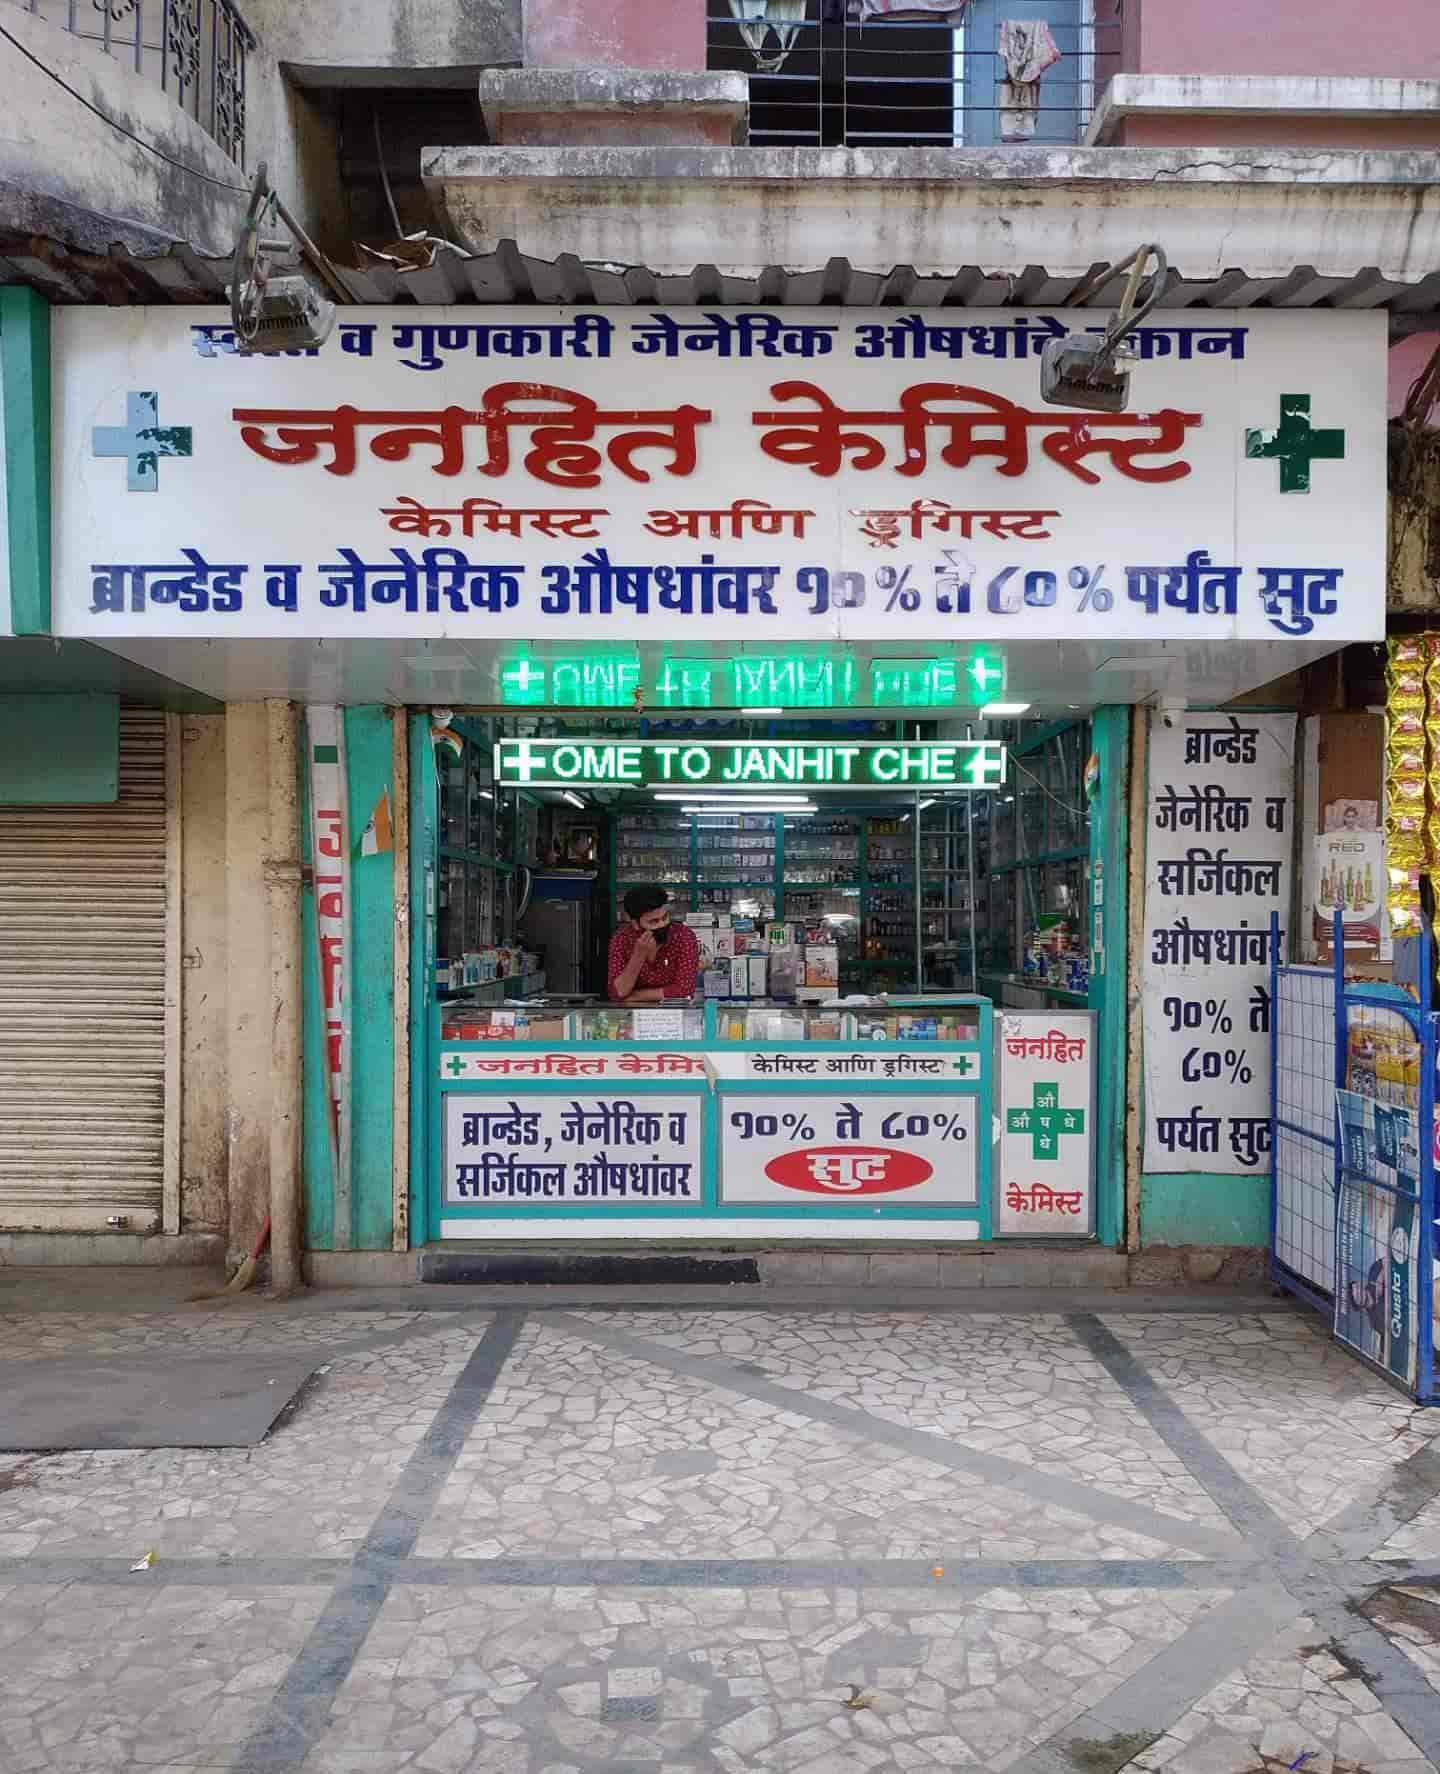
Language: marathi
Transcription: औषधांचे केमिस् जेनेरिक जनहित आणि ड्रगिस्ट ब्रान्डेड औषधांवर पर्यंत सुट जेनेरिक व सर्जिकल औषधांवर ते ८०% पर्यत सुट केमिस्ट ड्रगिस्ट जेनेरिक व १०% ते ८०% औषधांवर सुट केमिस्ट केमिस्ट ते ८०% ब्रान्डेड ट आणि सर्जिकल व १०% १०% जनहित गुणकारी जेनेरिक जनहित